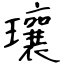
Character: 瓖